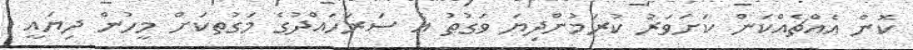
ކޮން އެއްޗެއްކަން ކަށަވަރު ކުރަމުންދިޔަ ވަގުތު އެ ސަރަހައްދުގެ މަގުތކަށް މީހުން ދިޔައީ